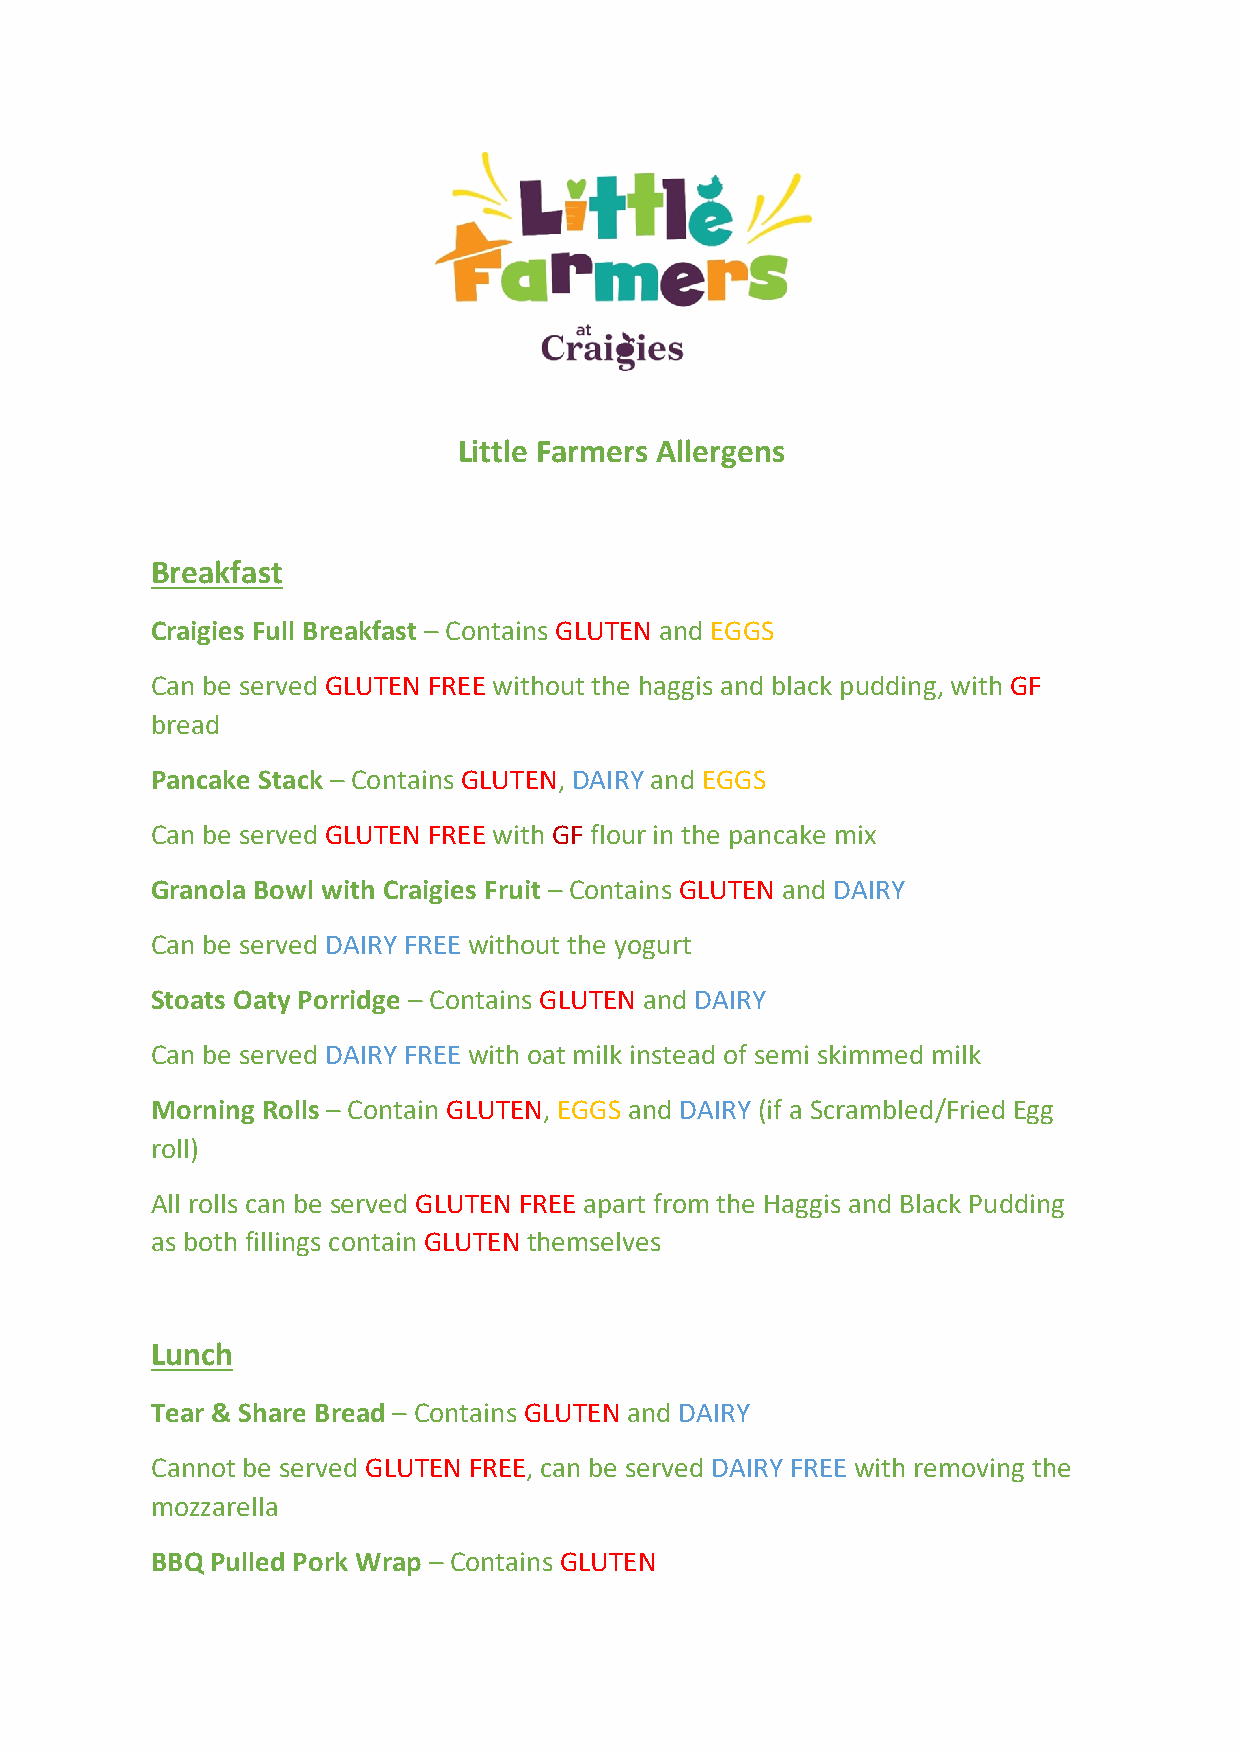
Little Farmers Allergens
 Breakfast
 Craigies Full Breakfast – Contains GLUTEN and EGGS
 Can be served GLUTEN FREE without the haggis and black pudding, with GF
 bread
 Pancake Stack – Contains GLUTEN, DAIRY and EGGS
 Can be served GLUTEN FREE with GF flour in the pancake mix
 Granola Bowl with Craigies Fruit – Contains GLUTEN and DAIRY
 Can be served DAIRY FREE without the yogurt
 Stoats Oaty Porridge – Contains GLUTEN and DAIRY
 Can be served DAIRY FREE with oat milk instead of semi skimmed milk
 Morning Rolls – Contain GLUTEN, EGGS and DAIRY (if a Scrambled/Fried Egg
 roll)
 All rolls can be served GLUTEN FREE apart from the Haggis and Black Pudding
 as both fillings contain GLUTEN themselves
 Lunch
 Tear & Share Bread – Contains GLUTEN and DAIRY
 Cannot be served GLUTEN FREE, can be served DAIRY FREE with removing the
 mozzarella
 BBQ Pulled Pork Wrap – Contains GLUTEN